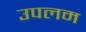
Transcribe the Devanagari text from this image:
उपलम